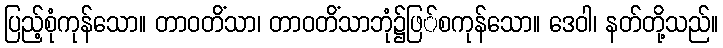
ပြည့်စုံကုန်သော။ တာဝတိံသာ၊ တာဝတိံသာဘုံ၌ဖြ်စကုန်သော။ ဒေဝါ၊ နတ်တို့သည်။